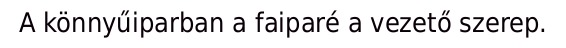
A könnyűiparban a faiparé a vezető szerep.